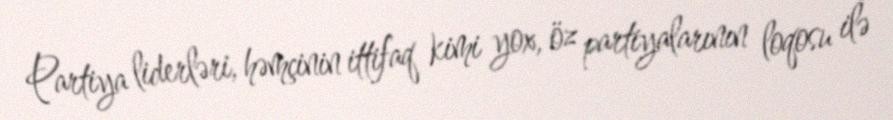
Partiya liderləri, həmçinin ittifaq kimi yox, öz partiyalarının loqosu ilə